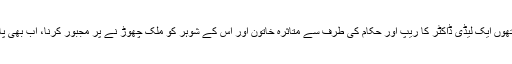
سابق فوجی آمر پرویز مشرف کے دور میں بلوچستان میں ایک فوجی افسر کے ہاتھوں ایک لیڈی ڈاکٹر کا ریپ اور حکام کی طرف سے متاثرہ خاتون اور اس کے شوہر کو ملک چھوڑ نے پر مجبور کرنا، اب بھی پاک فوج کی شہرت اور ملک کے نظام انصاف پر بدنما داغ کے طور پر زندہ ہے۔